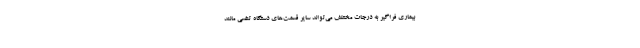
بیماری فراگیر به درجات مختلف می‌تواند سایر قسمت‌های دستگاه تنفسی مانند